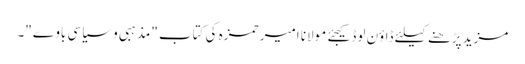
مزید پڑھنے کیلئے ڈاؤن لوڈ کیجئے مولانا امیر حمزہ کی کتاب "مذہبی و سیاسی باوے"۔